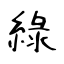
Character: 綠